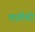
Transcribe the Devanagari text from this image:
मडमेची